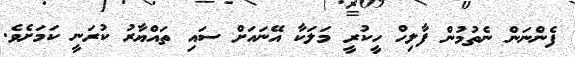
ފެންނަން ނެތުމުން ފާލިހް ހީކުރީ މަލަކާ އޭނައަށް ސައި ތައްޔާރު ކުރަނީ ކަމަށެވެ.